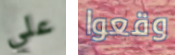
علي وقعوا